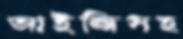
আইজিসহ